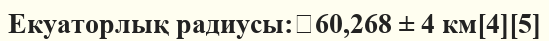
Екуаторлық радиусы:	60,268 ± 4 км[4][5]